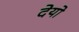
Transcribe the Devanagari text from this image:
देयो